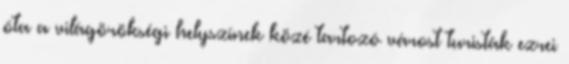
óta a világörökségi helyszínek közé tartozó várost turisták ezrei